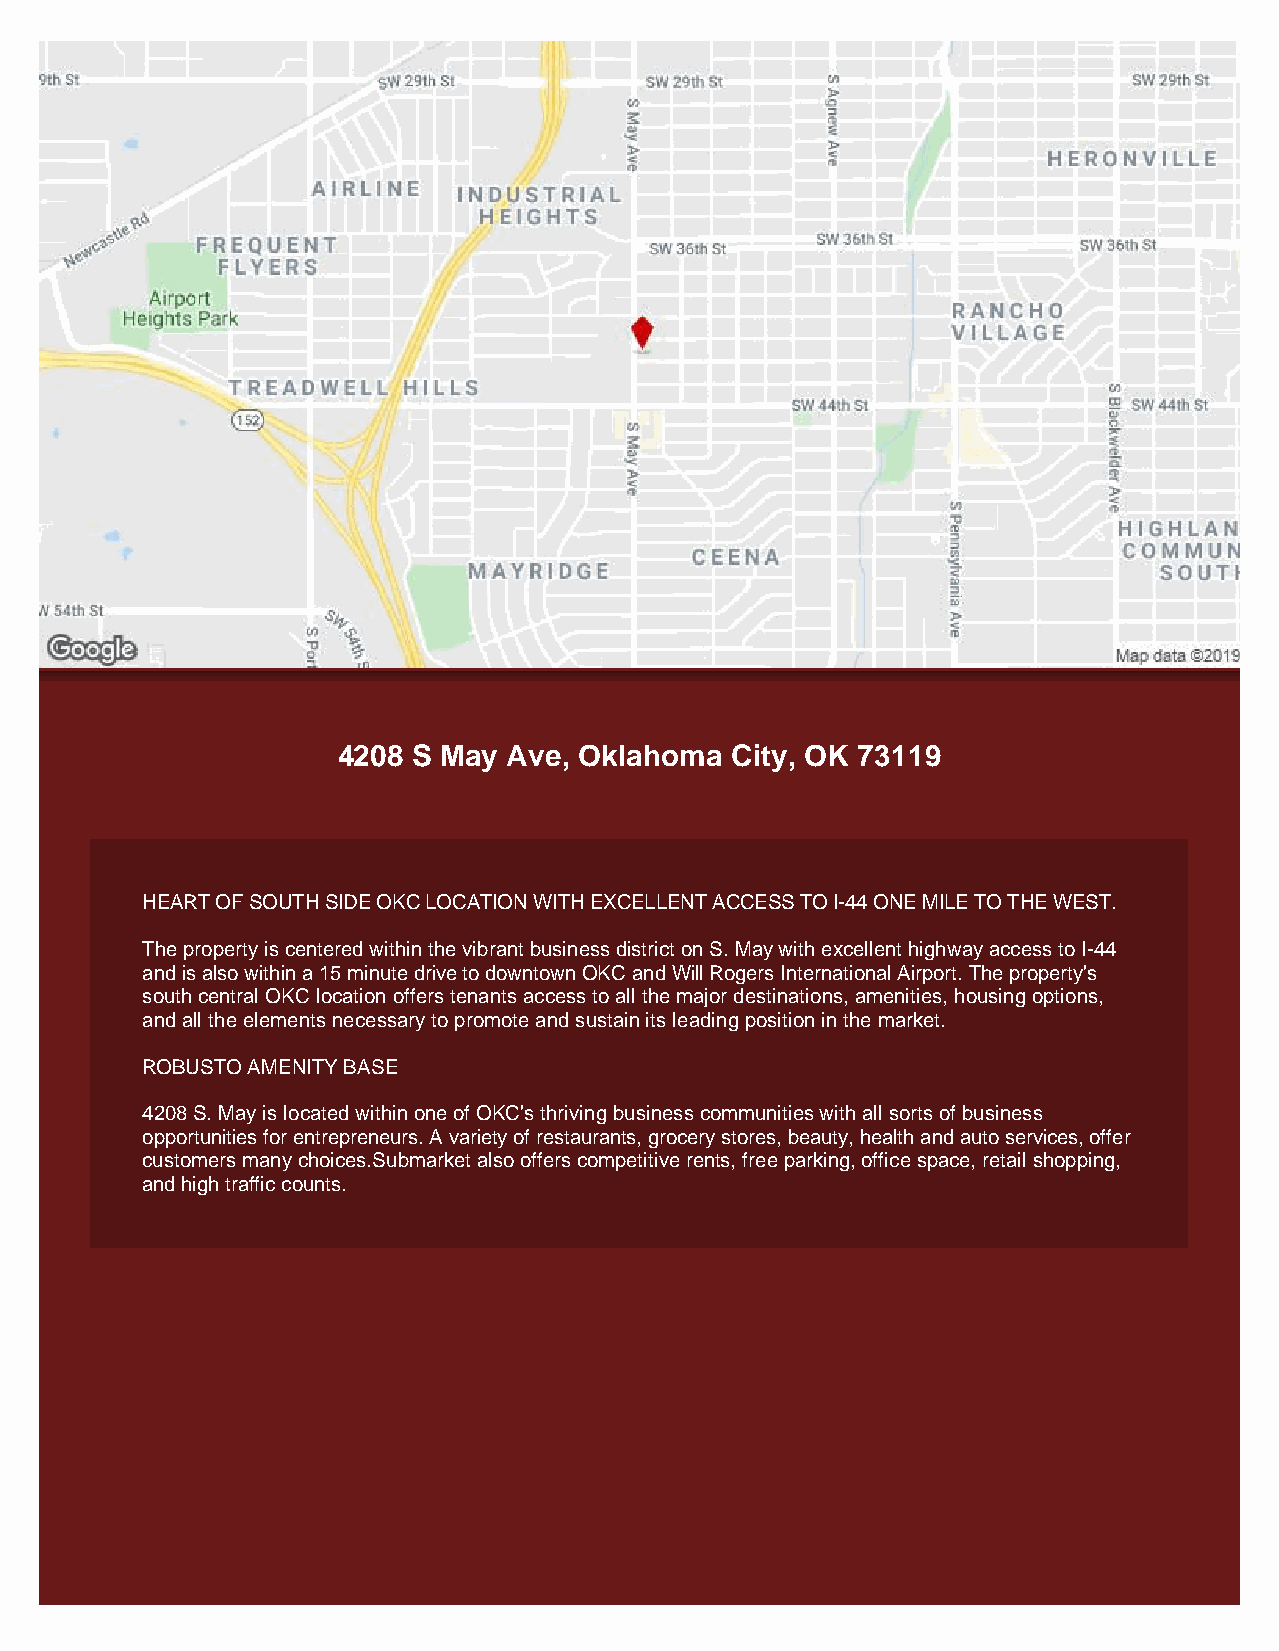
4208 S May  Ave, Oklahoma City, OK 73119
 HEART OF SOUTH SIDE OKC LOCATION WITH EXCELLENT ACCESS TO I-44 ONE MILE TO THE WEST.
 The property is centered within the vibrant business district on S. May with excellent highway access to I-44
 and is also within a 15 minute drive to downtown OKC and Will Rogers International Airport. The property's
 south central OKC location offers tenants access to all the major destinations, amenities, housing options,
 and all the elements necessary to promote and sustain its leading position in the market.
 ROBUSTO AMENITY BASE
 4208 S. May is located within one of OKC's thriving business communities with all sorts of business
 opportunities for entrepreneurs. A variety of restaurants, grocery stores, beauty, health and auto services, offer
 customers many choices.Submarket also offers competitive rents, free parking, office space, retail shopping,
 and high traffic counts.